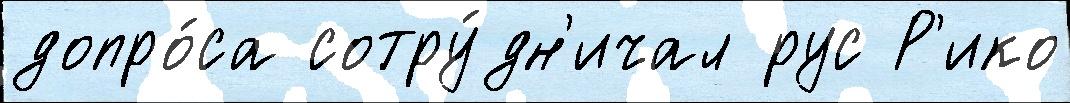
допро́са сотру́дн'ичал рус Р'ико